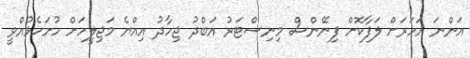
އަންނަ އަހަރަށް ލަފާކޮށް ފިނޭންސް މިނިސްޓަރު އަބްދު ޖިހާދު އިއްޔެ މަޖިލީހަށް ހުށަހެޅުއްވީ